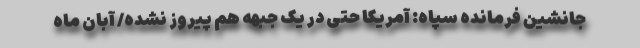
جانشین فرمانده سپاه: آمریکا حتی در یک جبهه هم پیروز نشده/ آبان ماه